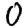
Digit: 0